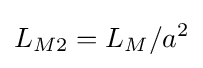
L_{M2}=L_{M}/a^{2}